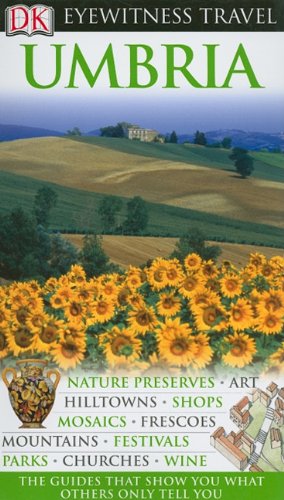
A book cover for Umbria (Eyewitness Travel Guides); Travel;